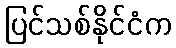
ပြင်သစ်နိုင်ငံက